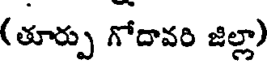
(తూర్పు గోదావరి జిల్లా)